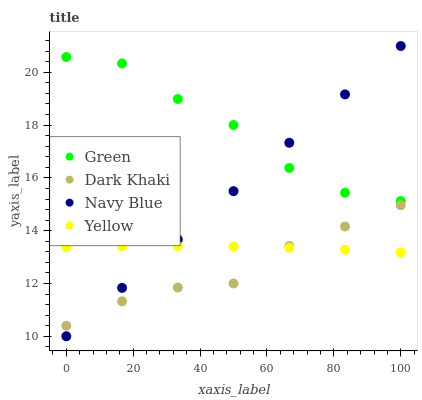
| xaxis_label | Green | Dark Khaki | Navy Blue | Yellow |
 | --- | --- | --- | --- | --- |
 | 0 | 20.6 | 10.4 | 10 | 13.4 |
 | 16.7 | 20.3 | 11.3 | 11.8 | 13.4 |
 | 33.3 | 19 | 11.8 | 13.7 | 13.4 |
 | 50 | 18 | 12 | 15.5 | 13.4 |
 | 66.7 | 16.4 | 13.4 | 17.3 | 13.4 |
 | 83.3 | 15.4 | 14.2 | 19.2 | 13.3 |
 | 100 | 15.1 | 15 | 21 | 13.2 |